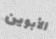
الأبوين